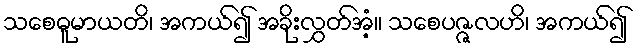
သစေဓူမာယတိ၊ အကယ်၍ အခိုးလွှတ်အံ့။ သစေပဇ္ဇလဟိ၊ အကယ်၍